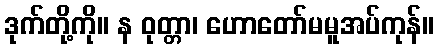
ဒုက်တို့ကို။ န ဝုတ္တာ၊ ဟောတော်မမူအပ်ကုန်။